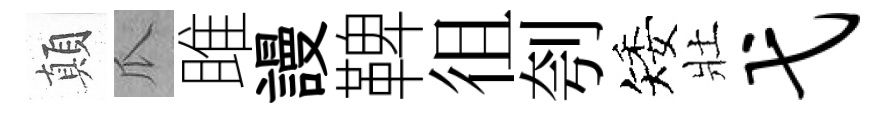
顛瓜雎謾鞞徂刳矮壯弋